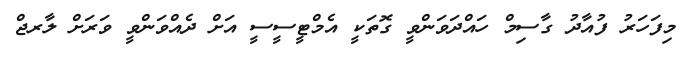
މިފަހަރު ފުއާދު ގާސިމް ހައްދަވަންވީ ގޮތަކީ އެމްޓީސީސީ އަށް ދެއްވަންވީ ވަރަށް ލާރޖް